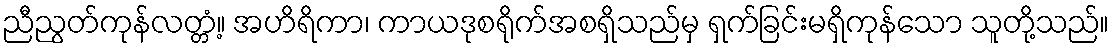
ညီညွတ်ကုန်လတ္တံ့။ အဟိရိကာ၊ ကာယဒုစရိုက်အစရှိသည်မှ ရှက်ခြင်းမရှိကုန်သော သူတို့သည်။